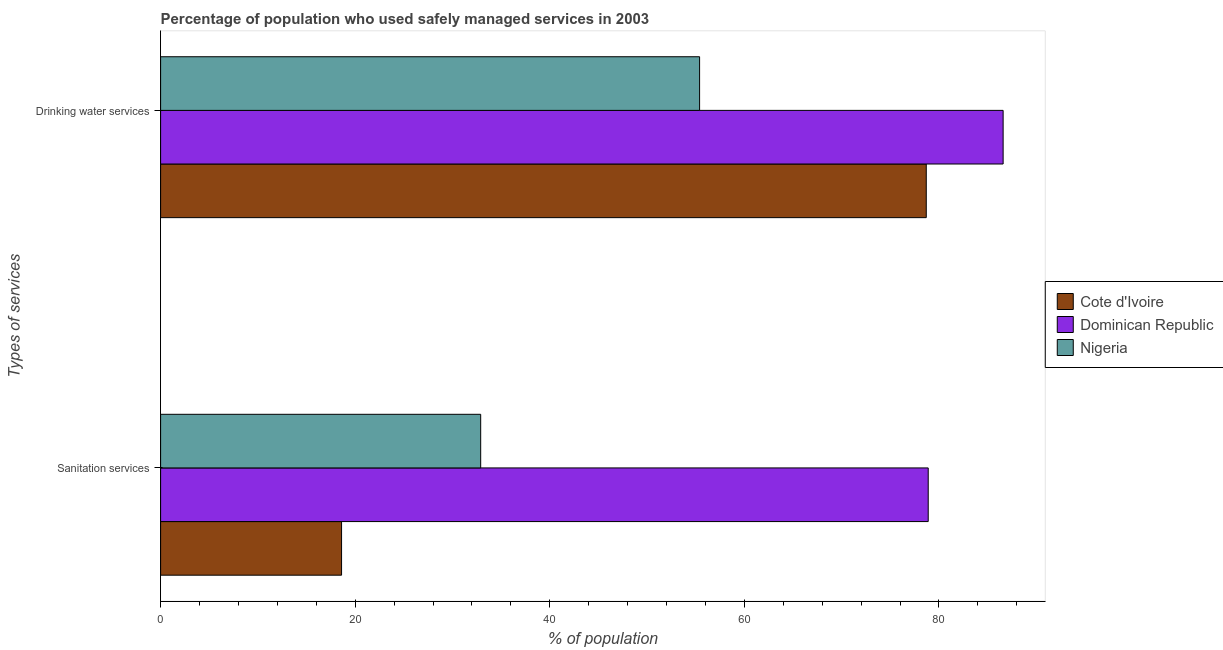
| Types of services | Cote d'Ivoire | Dominican Republic | Nigeria |
 | --- | --- | --- | --- |
 | Sanitation services | 18.6 | 78.9 | 32.9 |
 | Drinking water services | 78.7 | 86.6 | 55.4 |